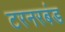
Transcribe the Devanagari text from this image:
टरनरबंड